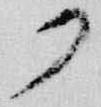
了